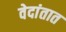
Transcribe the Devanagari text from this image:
वेदांतात